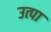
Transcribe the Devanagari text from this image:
उत्पा